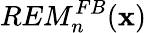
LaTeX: REM_{n}^{FB}({\mathbf x})